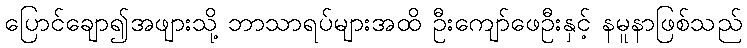
ပြောင်ချော၍အဖျားသို့ ဘာသာရပ်များအထိ ဦးကျော်ဖေဦးနှင့် နမူနာဖြစ်သည်